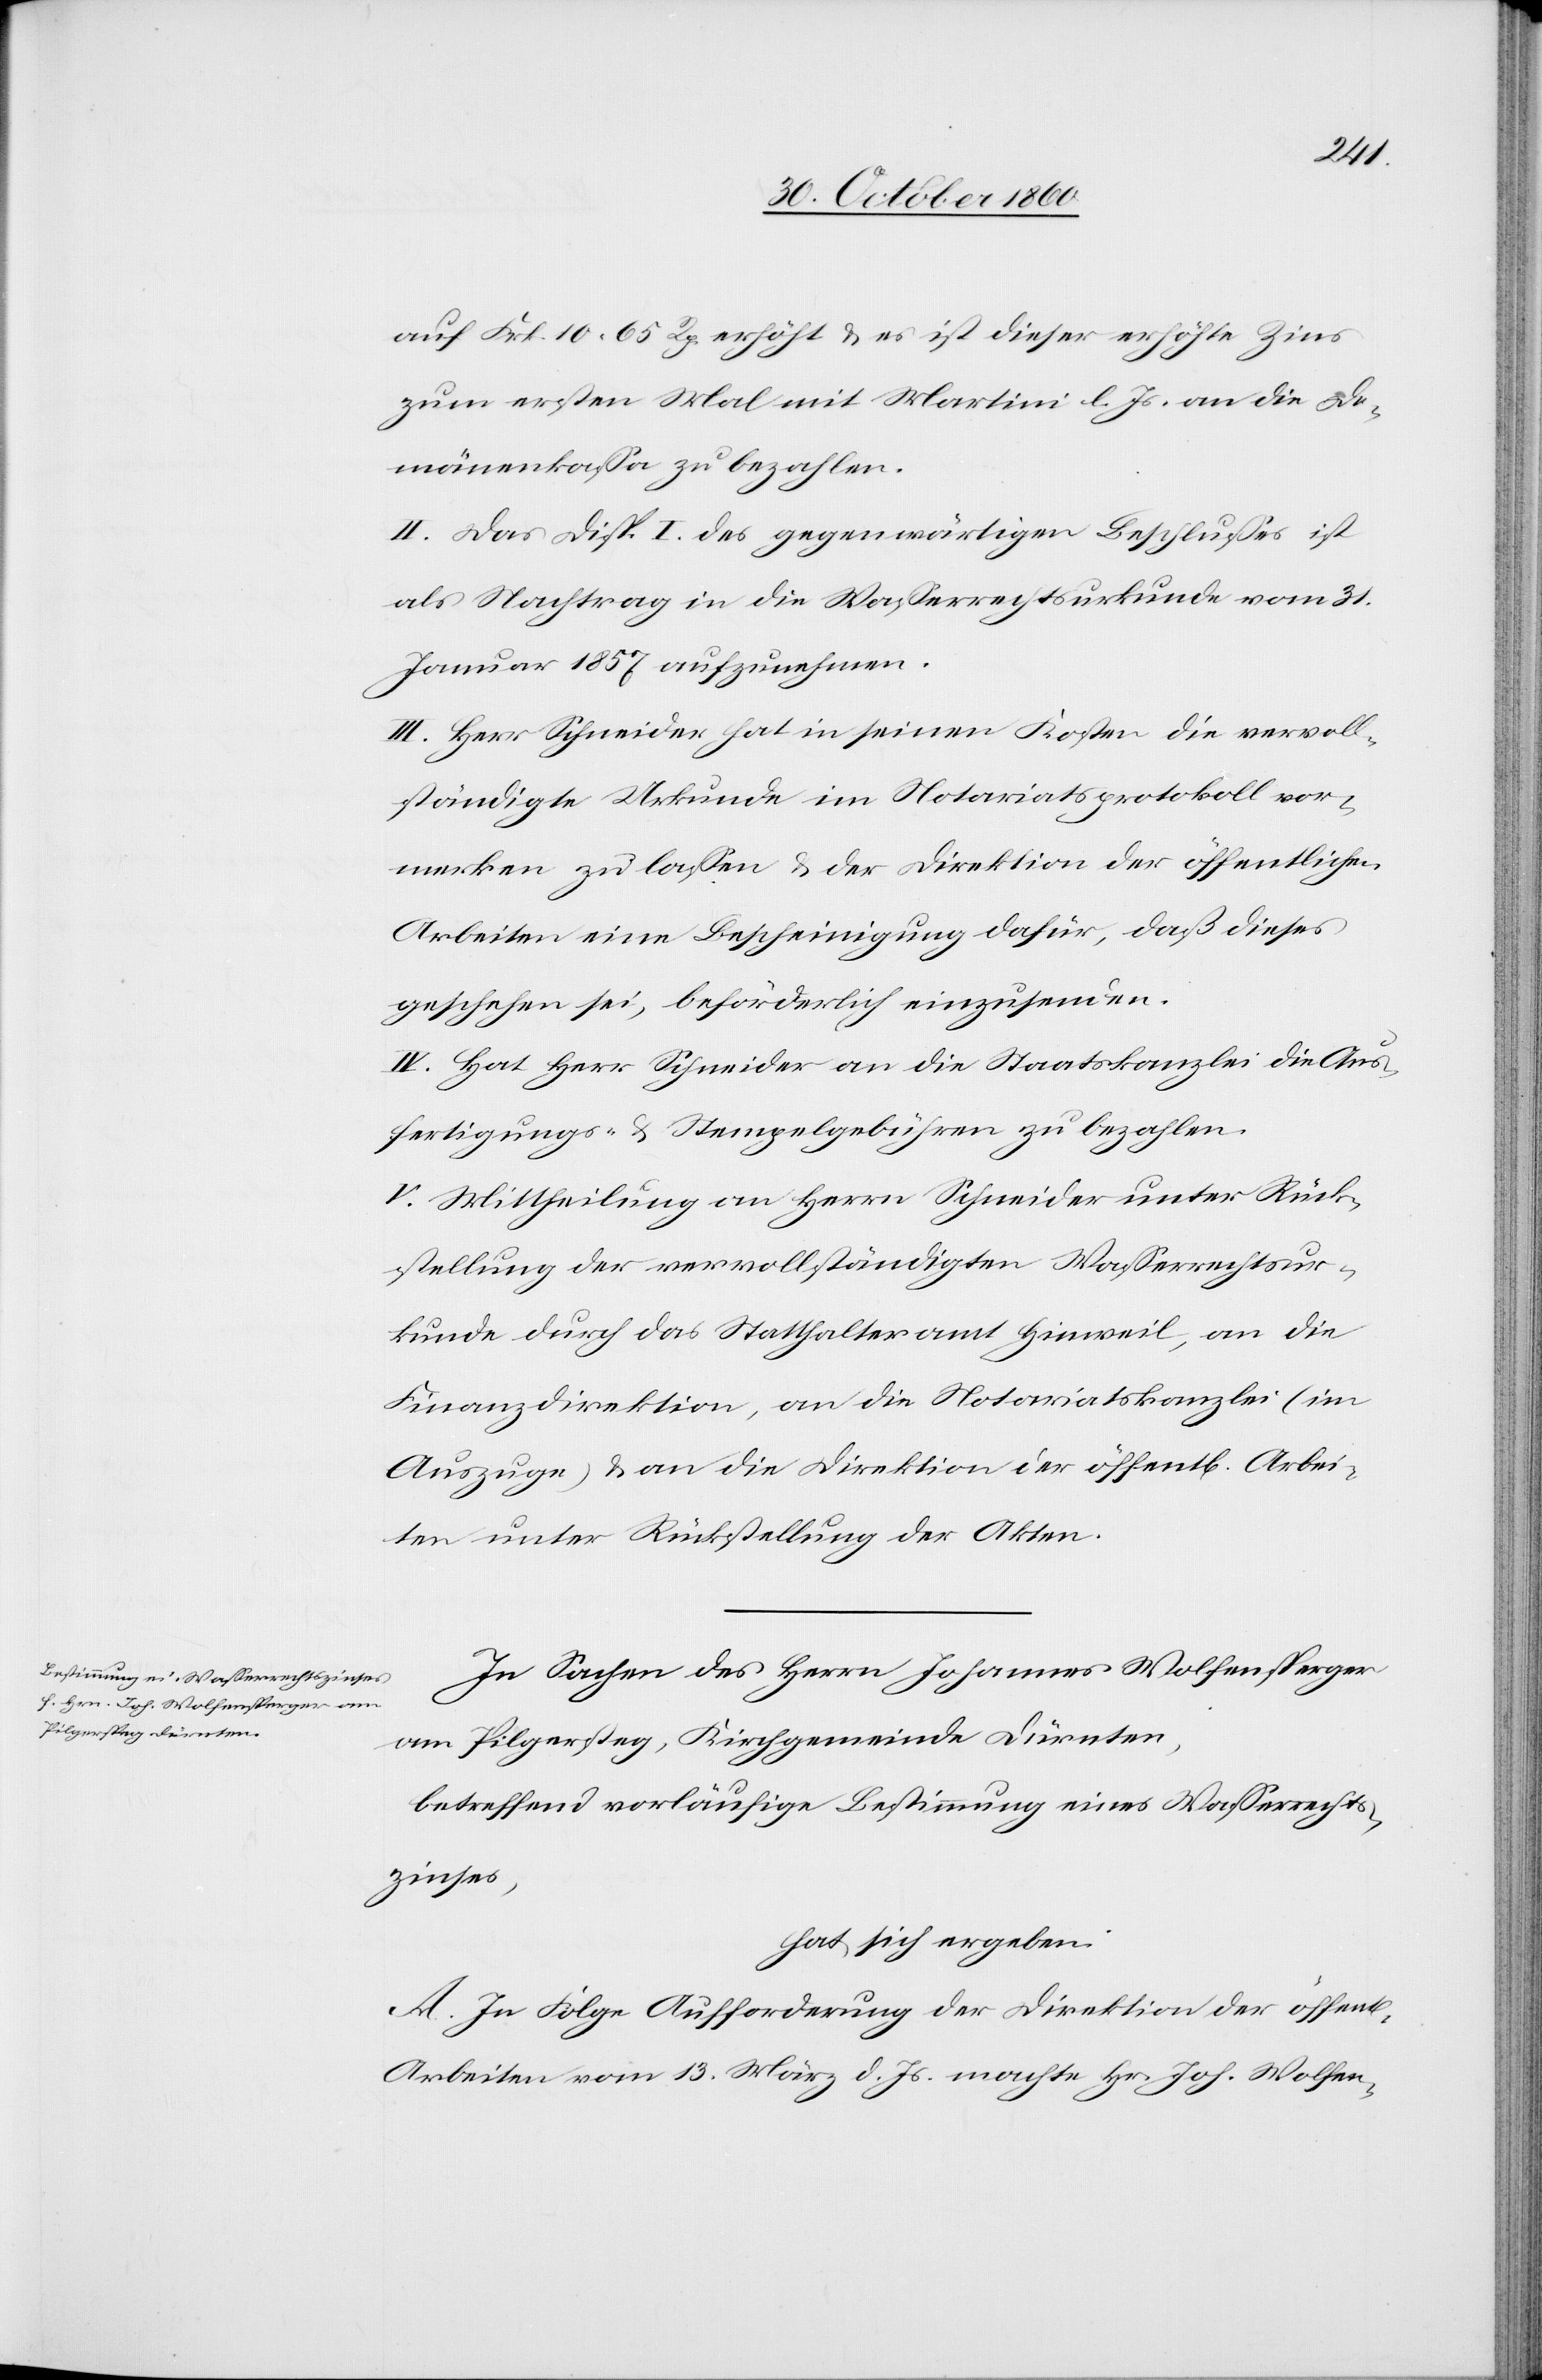
auf Frk. 10 65 Rp. erhöht u. es ist dieser erhöhte Zins
zum ersten Mal mit Martini l. Js. an die Do¬
mänenkassa zu bezahlen.
II. Das Disp. I des gegenwärtigen Beschlusses ist
als Nachtrag in die Wasserrechtsurkunde vom 31.
Januar 1857 aufzunehmen.
III. Herr Schneider hat in seinen Kosten die vervoll¬
ständigte Urkunde im Notariatsprotokoll vor¬
merken zu lassen u. der Direktion der öffentlichen
Arbeiten eine Bescheinigung dafür, daß dieses
geschehen sei, beförderlich einzusenden.
IV. Hat Herr Schneider an die Staatskanzlei die Aus¬
fertigungs- u. Stempelgebühren zu bezahlen.
V. Mittheilung an Herrn Schneider unter Rück¬
stellung der vervollständigten Wasserrechtsur¬
kunde durch das Statthalteramt Hinweil, an die
Finanzdirektion, an die Notariatskanzlei (im
Auszuge) u. an die Direktion der öffent[lichen] Arbei¬
ten unter Rückstellung der Akten.
In Sachen des Herrn Johannes Wolfensperger
am Pilgersteg, Kirchgemeinde Dürnten,
betreffend vorläufige Bestimmung eines Wasserrechts¬
zinses,
hat sich ergeben:
A. In Folge Aufforderung der Direktion der öffentl.
Arbeiten vom 13. März d. Js. machte Hr. Joh. Wolfen-